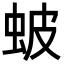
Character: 蚾